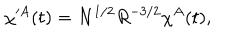
LaTeX: \chi ^ { \prime A } ( t ) = N ^ { 1 / 2 } R ^ { - 3 / 2 } \chi ^ { A } ( t ) ,